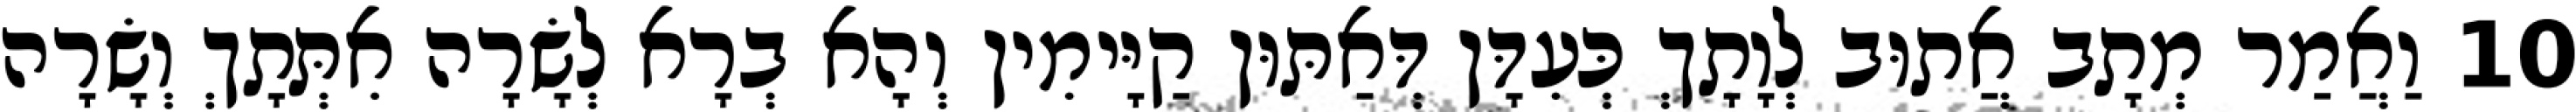
10 וַאֲמַר מְתָב אֲתוּב לְוָתָךְ כְּעִדָּן דְּאַתּוּן קַיָּימִין וְהָא בְרָא לְשָׂרָה אִתְּתָךְ וְשָׂרָה